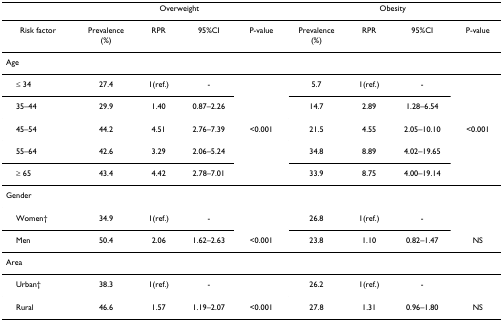
|  | <COLSPAN=4> Overweight | <COLSPAN=4> Obesity |
 | --- | --- | --- | --- | --- | --- | --- | --- | --- |
 | Risk factor | Prevalence(%) | RPR | 95%CI | P-value | Prevalence(%) | RPR | 95%CI | P-value |
 | <COLSPAN=9> Age |
 | ≤ 34 | 27.4 | 1(ref.) | - |  | 5.7 | 1(ref.) | - |  |
 | 35–44 | 29.9 | 1.40 | 0.87–2.26 |  | 14.7 | 2.89 | 1.28–6.54 |  |
 | 45–54 | 44.2 | 4.51 | 2.76–7.39 | <0.001 | 21.5 | 4.55 | 2.05–10.10 | <0.001 |
 | 55–64 | 42.6 | 3.29 | 2.06–5.24 |  | 34.8 | 8.89 | 4.02–19.65 |  |
 | ≥ 65 | 43.4 | 4.42 | 2.78–7.01 |  | 33.9 | 8.75 | 4.00–19.14 |  |
 | <COLSPAN=9> Gender |
 | Women† | 34.9 | 1(ref.) | - |  | 26.8 | 1(ref.) | - |  |
 | Men | 50.4 | 2.06 | 1.62–2.63 | <0.001 | 23.8 | 1.10 | 0.82–1.47 | NS |
 | <COLSPAN=9> Area |
 | Urban† | 38.3 | 1(ref.) | - |  | 26.2 | 1(ref.) | - |  |
 | Rural | 46.6 | 1.57 | 1.19–2.07 | <0.001 | 27.8 | 1.31 | 0.96–1.80 | NS |